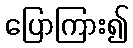
ပြောကြား၍